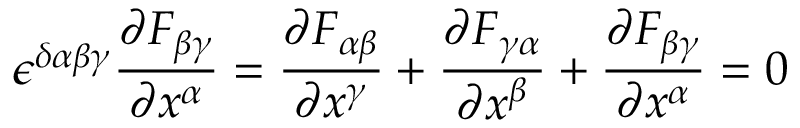
\epsilon ^ { \delta \alpha \beta \gamma } { \frac { \partial F _ { \beta \gamma } } { \partial x ^ { \alpha } } } = { \frac { \partial F _ { \alpha \beta } } { \partial x ^ { \gamma } } } + { \frac { \partial F _ { \gamma \alpha } } { \partial x ^ { \beta } } } + { \frac { \partial F _ { \beta \gamma } } { \partial x ^ { \alpha } } } = 0